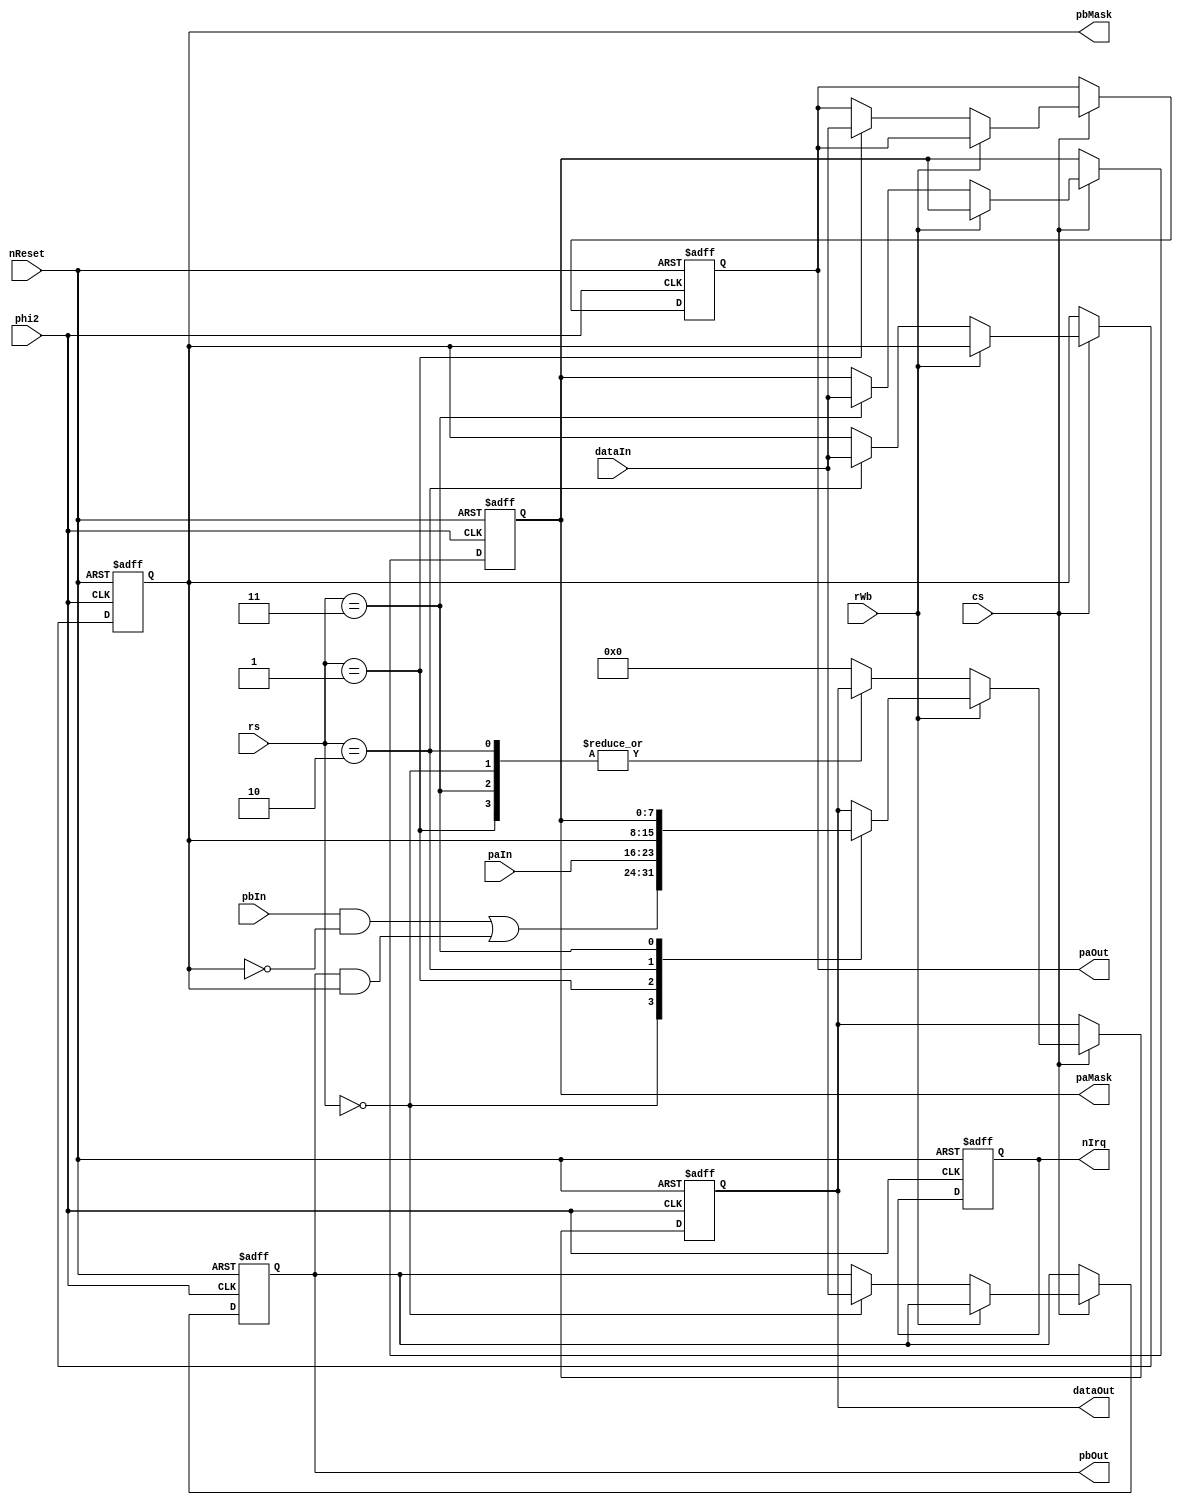
`timescale 1ns / 1ps

module via6522(
    input cs,           // Chip select. The real VIA has CS1 and nCS2. You can get the same functionality by defining this cs to be (cs1 & !cs2)
    input phi2,         // Phase 2 Internal Clock
    input nReset,       // Reset (active low)
    input [3:0]rs,      // Register select
    input rWb,          // read (high) write (low)

    input [7:0]dataIn,
    output reg [7:0]dataOut,

    input  [7:0]paIn,   // Peripheral data port A input
    output reg [7:0]paOut,  // Peripheral data port A
    output reg [7:0]paMask, // Peripheral data port A mask: 0 - input, 1 - output
    input  [7:0]pbIn,   // Peripheral data port B
    output reg [7:0]pbOut,  // Peripheral data port B
    output reg [7:0]pbMask,

    output reg nIrq);       // Interrupt request

initial begin
    reset();
end

always@(posedge phi2, negedge nReset)
begin
    if( ~nReset )
    begin
        reset();
    end else begin
        if( cs )
        begin
            // This is a clock edge and we're chip selected
            if( ~rWb ) begin
                // Rising edge of clock on write operation
                case( rs )
                4'd0: begin
                    writePb();
                end
                4'd1: begin
                    writePa();
                end
                4'd2: begin
                    writePbDir();
                end
                4'd3: begin
                    writePaDir();
                end
                default: begin
                    // All other registers are not yet implemented
                    dataOut <= 0;
                end
                endcase
            end else begin
                // Falling edge of clock on read operation
                // Well, fudge. It seems FPGAs can't trigger on both positive and negative edges of same signal. The 6522 datasheet requires that
                // we make the results available on the falling edge of the clock. The reason it requires this, however, is to give the CPU time
                // to put the data bus in high impedance mode. Since we're using separate in and out lines, we'll load the the data on the rising
                // edge and no one should be the wiser of it. 
                case( rs )
                4'd0: begin
                    readPb();
                end
                4'd1: begin
                    readPa();
                end
                4'd2: begin
                    readPbDir();
                end
                4'd3: begin
                    readPaDir();
                end
                default: begin
                    // All other registers are not yet implemented
                end
                endcase
            end
        end
    end
end

task readPb();
begin 
    // Read. Give true input where applicable, and *desired* output elsewhere. See section 2.1 of the datasheet
    dataOut <= (pbIn & ~pbMask) | (pbOut & pbMask);
end
endtask

task writePb();
    pbOut <= dataIn;
endtask

task readPa();
    dataOut <= paIn;
endtask

task writePa();
    paOut <= dataIn;
endtask

task readPbDir();
    dataOut <= pbMask;
endtask

task writePbDir();
    pbMask <= dataIn;
endtask

task readPaDir();
    dataOut <= paMask;
endtask

task writePaDir();
    paMask <= dataIn;
endtask

task reset();
begin
    dataOut <= 0;    // High impedance on start
    nIrq <= 1;       // Don't request interrupt

    paOut <= 0;
    paMask <= 0;
    pbOut <= 0;
    pbMask <= 0;
end
endtask

endmodule